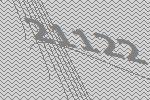
21122